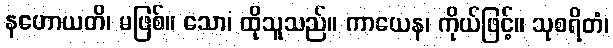
နဟောယတိ၊ မဖြစ်။ သော၊ ထိုသူသည်။ ကာယေန၊ ကိုယ်ဖြင့်။ သုစရိတံ၊